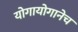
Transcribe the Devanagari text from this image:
योगायोगानेच